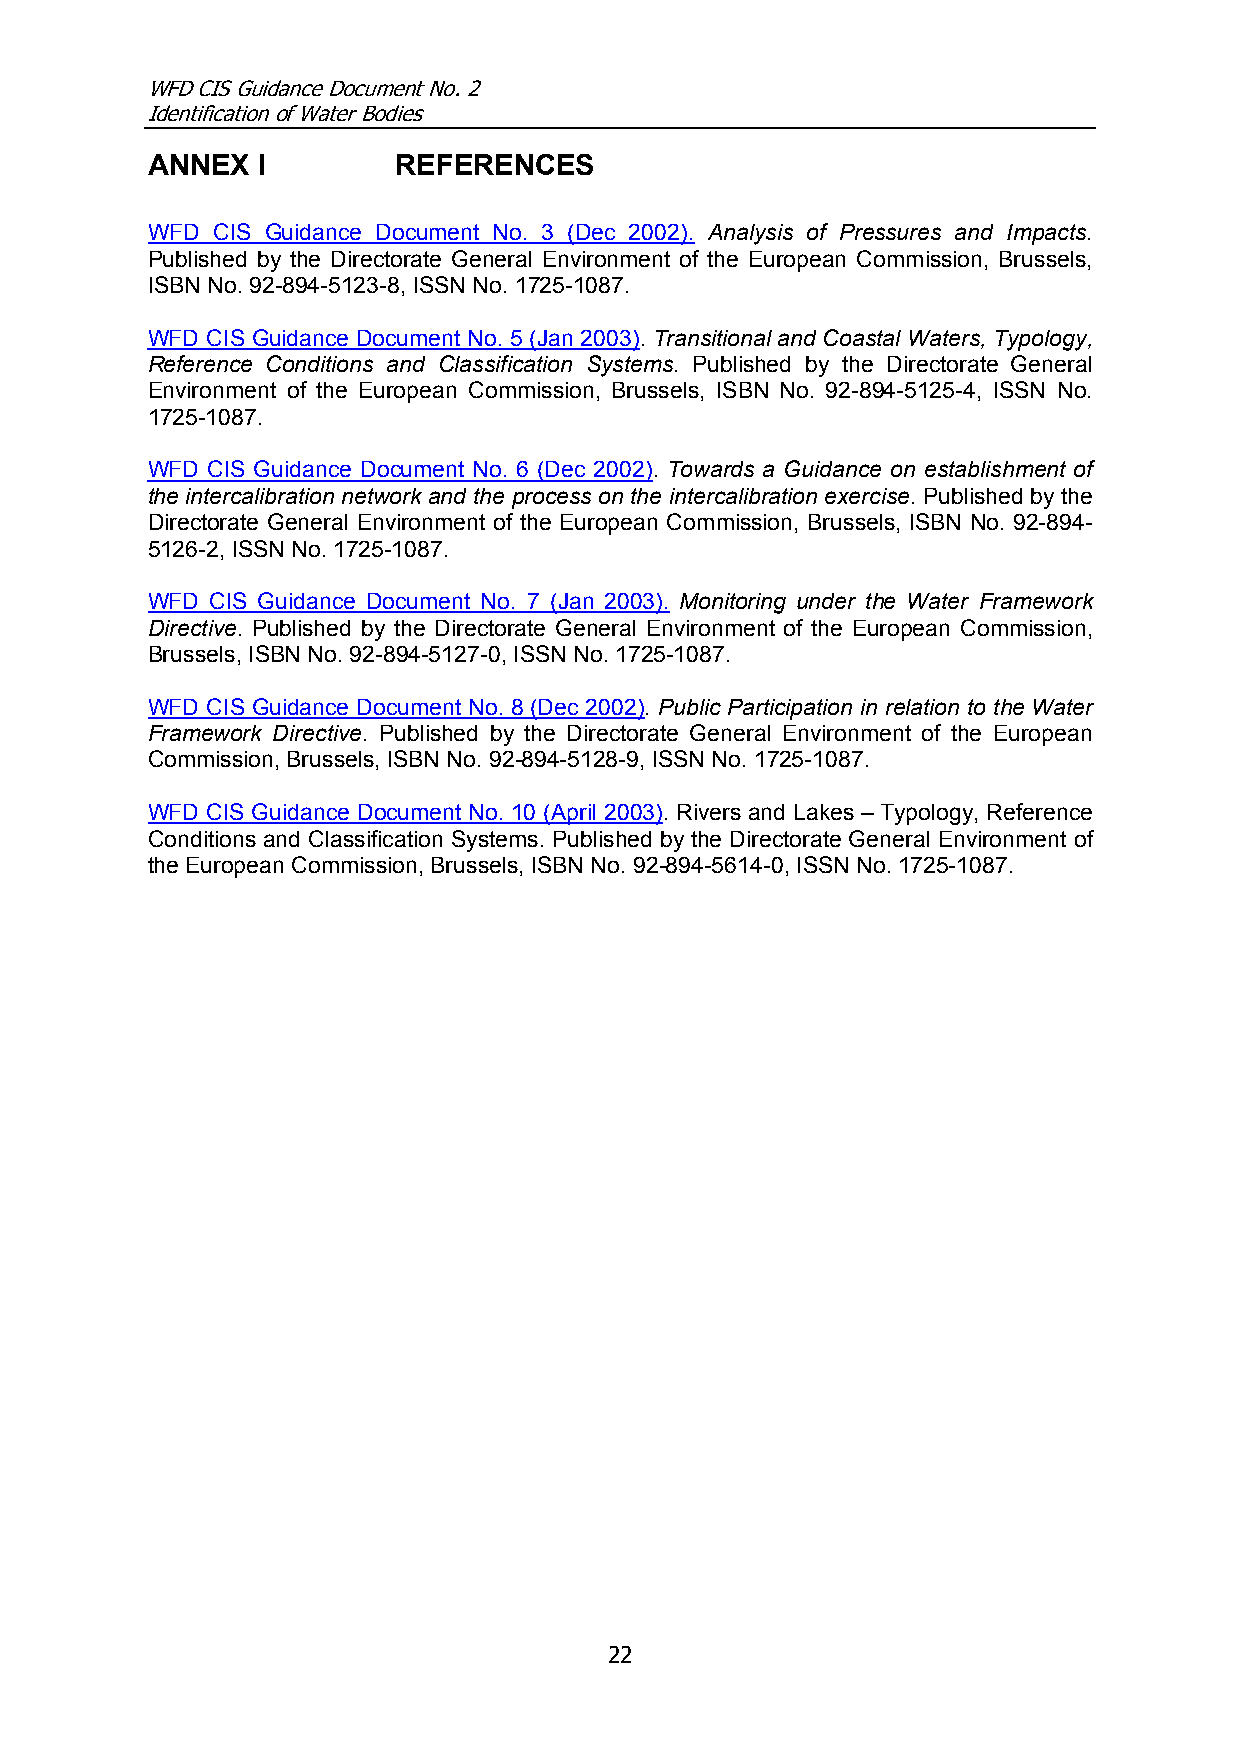
WFD CIS Guidance Document No. 2
 Identification of Water Bodies
 ANNEX  I        REFERENCES
 WFD CIS Guidance Document No. 3 (Dec 2002). Analysis of Pressures and Impacts.
 Published by the Directorate General Environment of the European Commission, Brussels,
 ISBN No. 92-894-5123-8, ISSN No. 1725-1087.
 WFD CIS Guidance Document No. 5 (Jan 2003). Transitional and Coastal Waters, Typology,
 Reference Conditions and Classification Systems. Published by the Directorate General
 Environment of the European Commission, Brussels, ISBN No. 92-894-5125-4, ISSN No.
 1725-1087.
 WFD CIS Guidance Document No. 6 (Dec 2002). Towards a Guidance on establishment of
 the intercalibration network and the process on the intercalibration exercise. Published by the
 Directorate General Environment of the European Commission, Brussels, ISBN No. 92-894-
 5126-2, ISSN No. 1725-1087.
 WFD CIS Guidance Document No. 7 (Jan 2003). Monitoring under the Water Framework
 Directive. Published by the Directorate General Environment of the European Commission,
 Brussels, ISBN No. 92-894-5127-0, ISSN No. 1725-1087.
 WFD CIS Guidance Document No. 8 (Dec 2002). Public Participation in relation to the Water
 Framework Directive. Published by the Directorate General Environment of the European
 Commission, Brussels, ISBN No. 92-894-5128-9, ISSN No. 1725-1087.
 WFD CIS Guidance Document No. 10 (April 2003). Rivers and Lakes – Typology, Reference
 Conditions and Classification Systems. Published by the Directorate General Environment of
 the European Commission, Brussels, ISBN No. 92-894-5614-0, ISSN No. 1725-1087.
 22